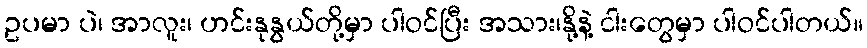
ဥပမာ ပဲ၊ အာလူး၊ ဟင်းနုနွယ်တို့မှာ ပါဝင်ပြီး အသား၊နို့နဲ့ ငါးတွေမှာ ပါဝင်ပါတယ်။